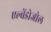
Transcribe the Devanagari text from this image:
एल्बेंडोजोल